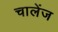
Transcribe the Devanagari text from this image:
चालेंज